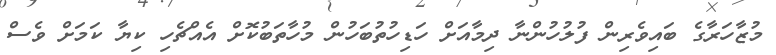
މުޒާހަރާގެ ބައިވެރިން ފުލުހުންނާ ދިމާއަށް ހަޑިހުތުބަހުން މުހާތަބުކޮށް އެއްޗެހި ކިޔާ ކަމަށް ވެސް